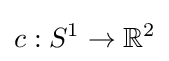
c:S^{1}\to \mathbb {R} ^{2}